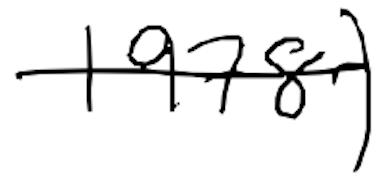
Text: 1978)
Cross-out: single-line
Writing tool: digital_black